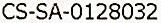
CS-SA-0128032